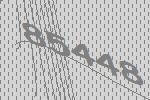
85448